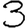
Digit: 3